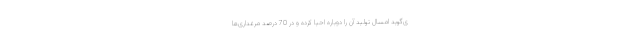
ی‌گوید امسال تولید آن را دوباره احیا کرده و در 70 درصد مرغداری‌ها